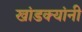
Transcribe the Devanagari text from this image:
खांडक्यांनी